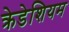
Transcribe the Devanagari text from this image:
क्रेडेशियम